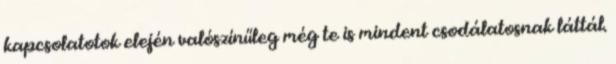
kapcsolatotok elején valószínűleg még te is mindent csodálatosnak láttál.